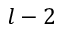
l - 2